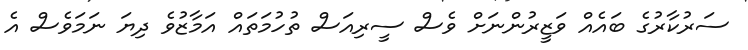
ސަރުކާރުގެ ބައެއް ވަޒީރުންނަށް ވެސް ސީރިއަސް ތުހުމަތައް އަމާޒުވެ ދިޔަ ނަމަވެސް އެ